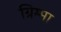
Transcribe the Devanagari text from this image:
ग्रिम्मा